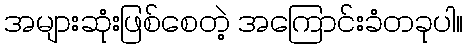
အများဆုံးဖြစ်စေတဲ့ အကြောင်းခံတခုပါ။